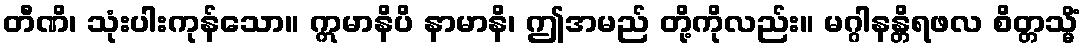
တီဏိ၊ သုံးပါးကုန်သော။ ဣမာနိပိ နာမာနိ၊ ဤအမည် တို့ကိုလည်း။ မဂ္ဂါနန္တိရဖလ စိတ္တသ္မိံ